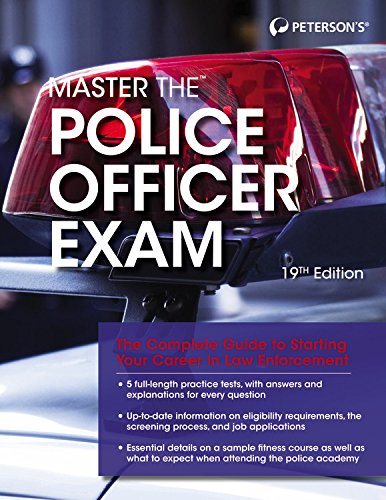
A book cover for Master the Police Officer Exam; Peterson's; Test Preparation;